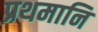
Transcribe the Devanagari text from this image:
प्रथमानि